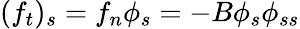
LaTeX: (f_{t})_{s}=f_{n}\phi_{s}=-B\phi_{s}\phi_{ss}